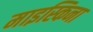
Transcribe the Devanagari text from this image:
माइस्किना